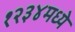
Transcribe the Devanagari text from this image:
१२३४मध्ये